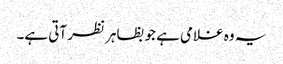
یہ وہ غلامی ہے جو بظاہر نظر آتی ہے۔